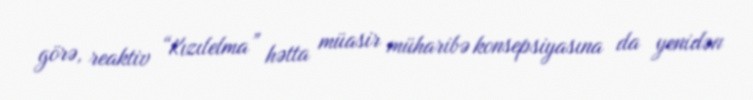
görə, reaktiv “Kızılelma” hətta müasir müharibə konsepsiyasına da yenidən